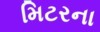
મિટરના